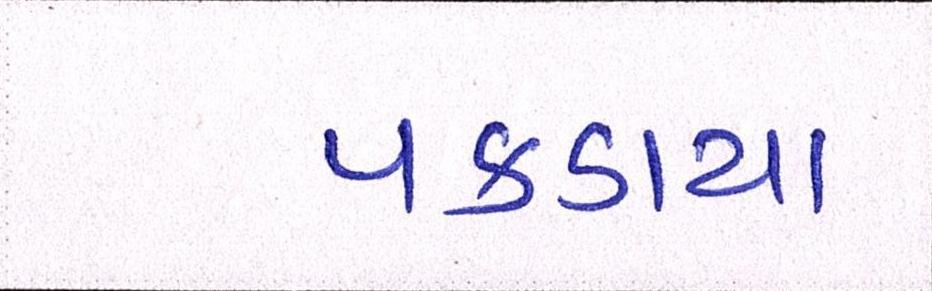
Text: પકડાયા